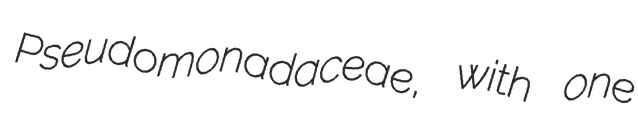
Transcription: Pseudomonadaceae, with one